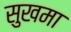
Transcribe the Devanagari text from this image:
सुखमा